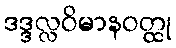
ဒဒ္ဒလ္လဝိမာနဝတ္ထု